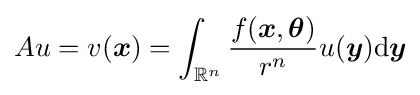
Au=v({\boldsymbol {x}})=\int _{\mathbb {R} ^{n}}{\frac {f({\boldsymbol {x}},{\boldsymbol {\theta }})}{r^{n}}}u({\boldsymbol {y}})\mathrm {d} {\boldsymbol {y}}